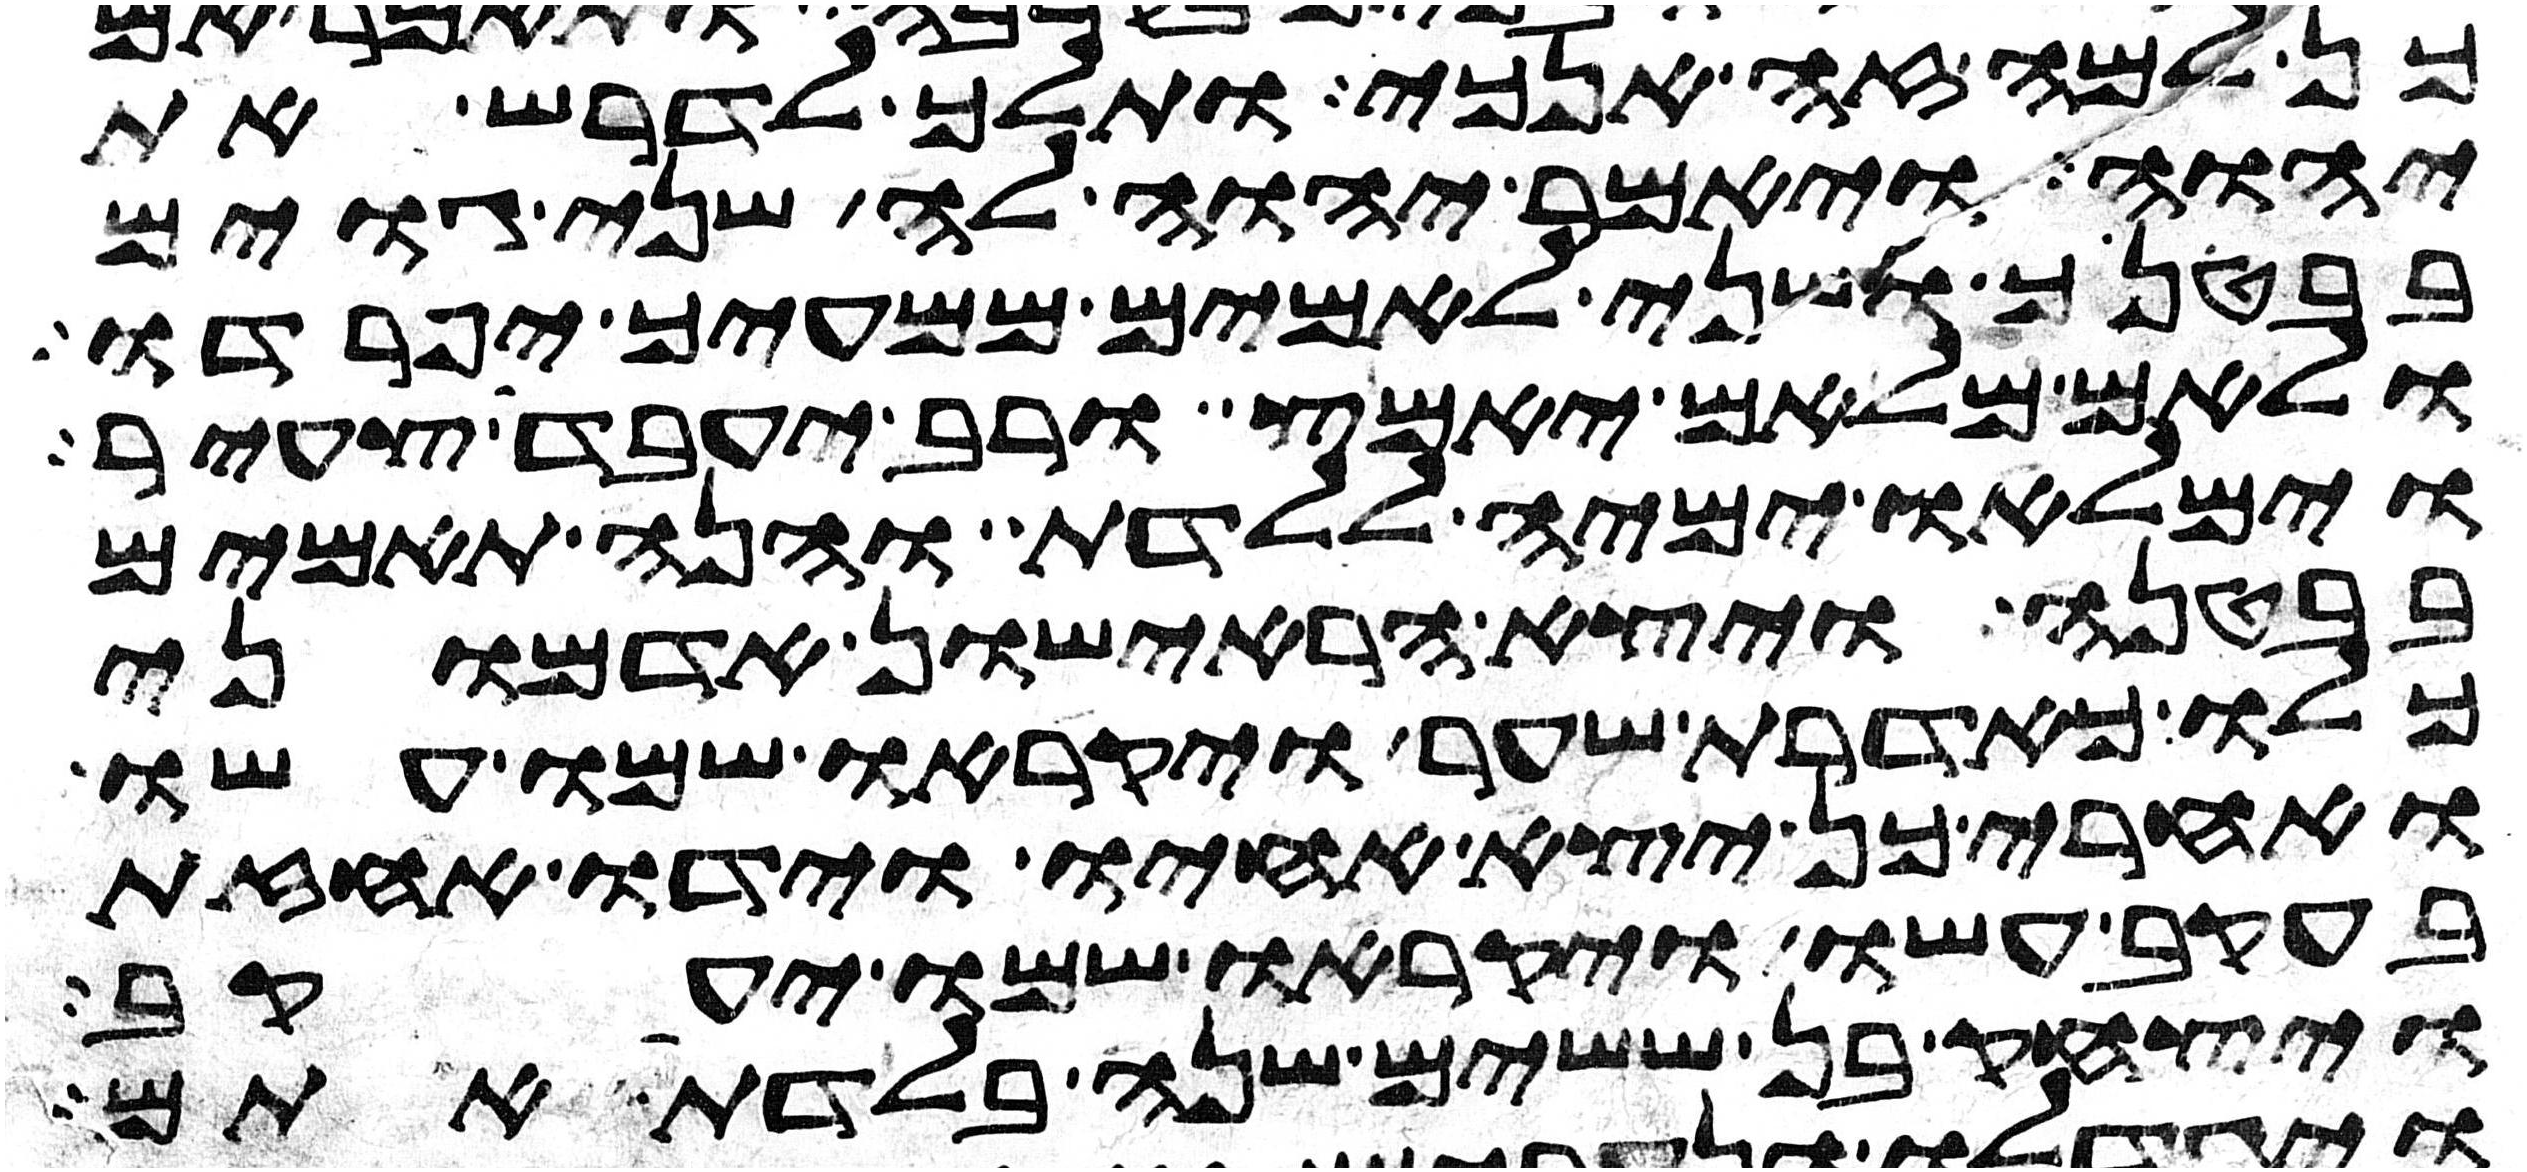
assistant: כן למה זה אנכי ותלך לדרש את
יהוה ויאמר יהוה לה שני גוים
בבטנך ושני לאמים ממעיך יפרדו
ולאם מלאם יאמץ ורב יעבד צעיר
וימלאו ימיה ללדת והנה תאמים
בבטנה ויצא הראישון אדמוני
כלו כאדרת שער ויקראו שמו עשו
ואחרי כן יצא אחיו וידו אחזת
בעקב עשו ויקראו שמו יעקב
ויצחק בן ששים שנה בלדת אתם